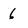
Character: 6